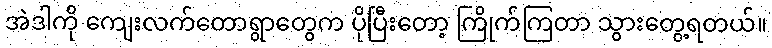
အဲဒါကို ကျေးလက်တောရွာတွေက ပိုပြီးတော့ ကြိုက်ကြတာ သွားတွေ့ရတယ်။